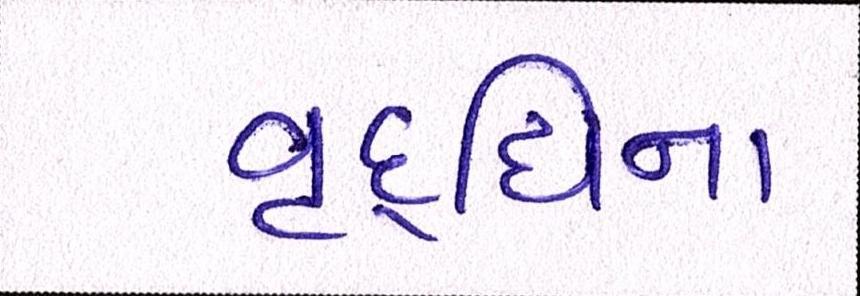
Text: વૃદ્ધિના